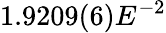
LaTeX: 1.9209(6)E^{-2}